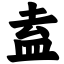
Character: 盍